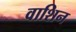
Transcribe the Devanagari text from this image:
वाशिन